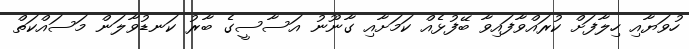
ހުވަޔާއި ހިލާފަށް ކުރައްވާފައިވާ ބޭފުޅެއް ކަމަށާއި ގާނޫނު އަސާސީގެ ބާރު ކަނޑުވާލަން މަސައްކަތް